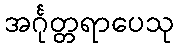
အင်္ဂုတ္တရာပေသု